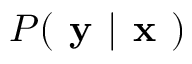
P ( { \textbf { y } } | { \textbf { x } } )